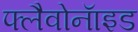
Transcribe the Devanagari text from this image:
फ्लैवोनाॅइड